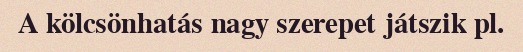
A kölcsönhatás nagy szerepet játszik pl.